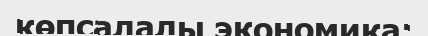
көпсалалы экономика;